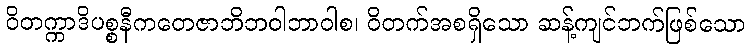
ဝိတက္ကာဒိပစ္စနီကတေဇာဘိဘဝါဘာဝါစ၊ ဝိတက်အစရှိသော ဆန့်ကျင်ဘက်ဖြစ်သော